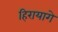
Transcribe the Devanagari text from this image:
हिरायागे